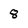
Character: 8